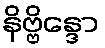
နိဗ္ဗိန္ဒော